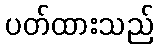
ပတ်ထားသည်